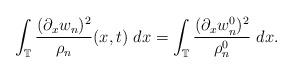
LaTeX: \begin{align*} \int_{\mathbb{T}} \frac{(\partial_{x}w_{n})^{2}}{\rho_{n}}(x,t)~dx = \int_{\mathbb{T}} \frac{(\partial_{x}w_{n}^{0})^{2}}{\rho_{n}^{0}} ~dx. \end{align*}